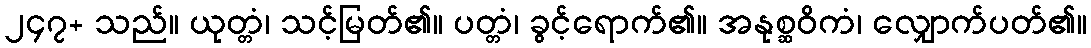
၂၄၇+ သည်။ ယုတ္တံ၊ သင့်မြတ်၏။ ပတ္တံ၊ ခွင့်ရောက်၏။ အနုစ္ဆဝိကံ၊ လျှောက်ပတ်၏။